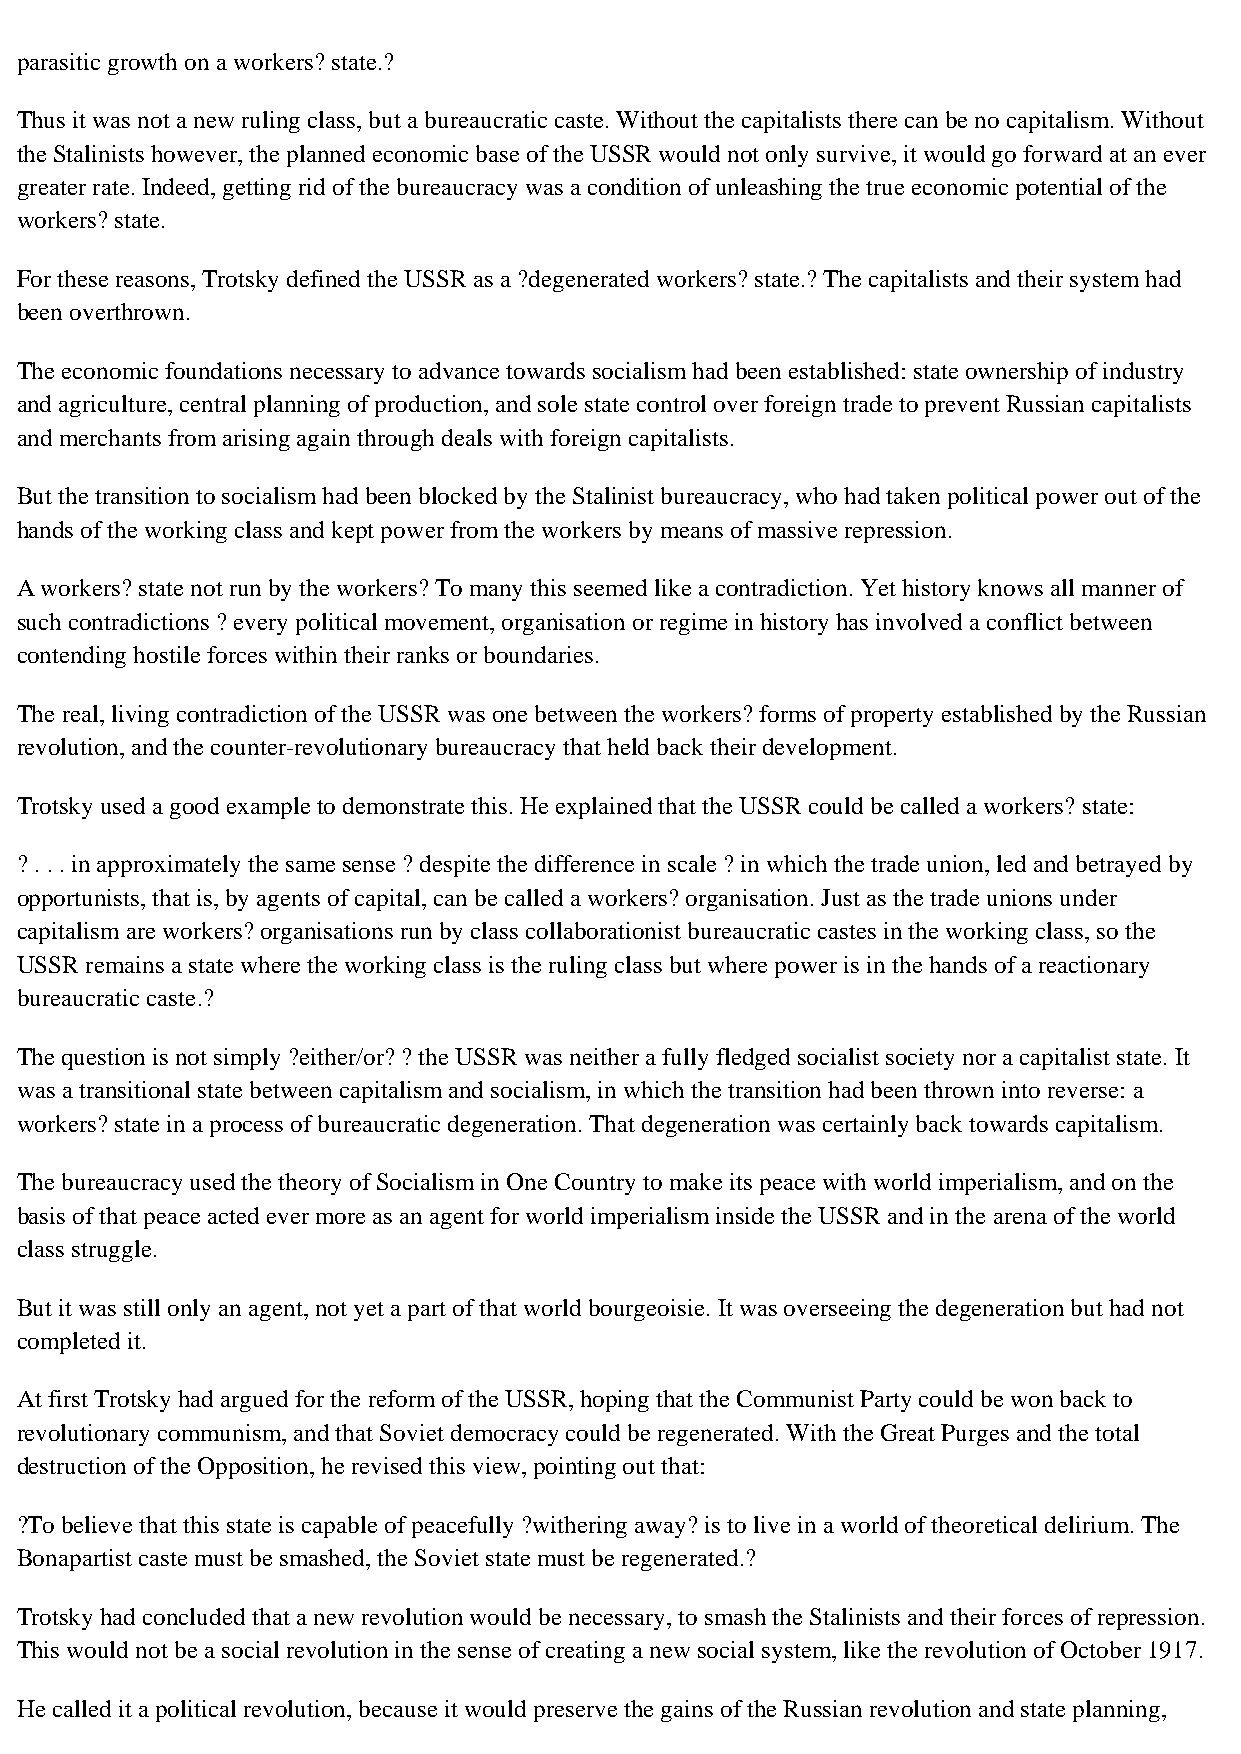
parasitic growth on a workers? state.?
 Thus it was not a new ruling class, but a bureaucratic caste. Without the capitalists there can be no capitalism. Without
 the Stalinists however, the planned economic base of the USSR would not only survive, it would go forward at an ever
 greater rate. Indeed, getting rid of the bureaucracy was a condition of unleashing the true economic potential of the
 workers? state.
 For these reasons, Trotsky defined the USSR as a ?degenerated workers? state.? The capitalists and their system had
 been overthrown.
 The economic foundations necessary to advance towards socialism had been established: state ownership of industry
 and agriculture, central planning of production, and sole state control over foreign trade to prevent Russian capitalists
 and merchants from arising again through deals with foreign capitalists.
 But the transition to socialism had been blocked by the Stalinist bureaucracy, who had taken political power out of the
 hands of the working class and kept power from the workers by means of massive repression.
 A workers? state not run by the workers? To many this seemed like a contradiction. Yet history knows all manner of
 such contradictions ? every political movement, organisation or regime in history has involved a conflict between
 contending hostile forces within their ranks or boundaries.
 The real, living contradiction of the USSR was one between the workers? forms of property established by the Russian
 revolution, and the counter-revolutionary bureaucracy that held back their development.
 Trotsky used a good example to demonstrate this. He explained that the USSR could be called a workers? state:
 ? . . . in approximately the same sense ? despite the difference in scale ? in which the trade union, led and betrayed by
 opportunists, that is, by agents of capital, can be called a workers? organisation. Just as the trade unions under
 capitalism are workers? organisations run by class collaborationist bureaucratic castes in the working class, so the
 USSR remains a state where the working class is the ruling class but where power is in the hands of a reactionary
 bureaucratic caste.?
 The question is not simply ?either/or? ? the USSR was neither a fully fledged socialist society nor a capitalist state. It
 was a transitional state between capitalism and socialism, in which the transition had been thrown into reverse: a
 workers? state in a process of bureaucratic degeneration. That degeneration was certainly back towards capitalism.
 The bureaucracy used the theory of Socialism in One Country to make its peace with world imperialism, and on the
 basis of that peace acted ever more as an agent for world imperialism inside the USSR and in the arena of the world
 class struggle.
 But it was still only an agent, not yet a part of that world bourgeoisie. It was overseeing the degeneration but had not
 completed it.
 At first Trotsky had argued for the reform of the USSR, hoping that the Communist Party could be won back to
 revolutionary communism, and that Soviet democracy could be regenerated. With the Great Purges and the total
 destruction of the Opposition, he revised this view, pointing out that:
 ?To believe that this state is capable of peacefully ?withering away? is to live in a world of theoretical delirium. The
 Bonapartist caste must be smashed, the Soviet state must be regenerated.?
 Trotsky had concluded that a new revolution would be necessary, to smash the Stalinists and their forces of repression.
 This would not be a social revolution in the sense of creating a new social system, like the revolution of October 1917.
 He called it a political revolution, because it would preserve the gains of the Russian revolution and state planning,